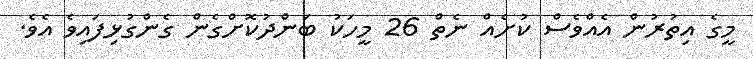
މީގެ އިތުރުން އެއްވެސް ކުށެއް ނެތް 26 މީހަކު ބަންދުކޮށްގެން ގެންގުޅިފައިވެ އެވެ.